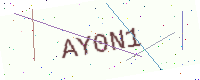
Text: AY0N1